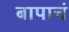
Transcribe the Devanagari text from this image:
बापाचं